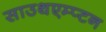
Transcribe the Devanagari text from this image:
साउथएम्प्टन